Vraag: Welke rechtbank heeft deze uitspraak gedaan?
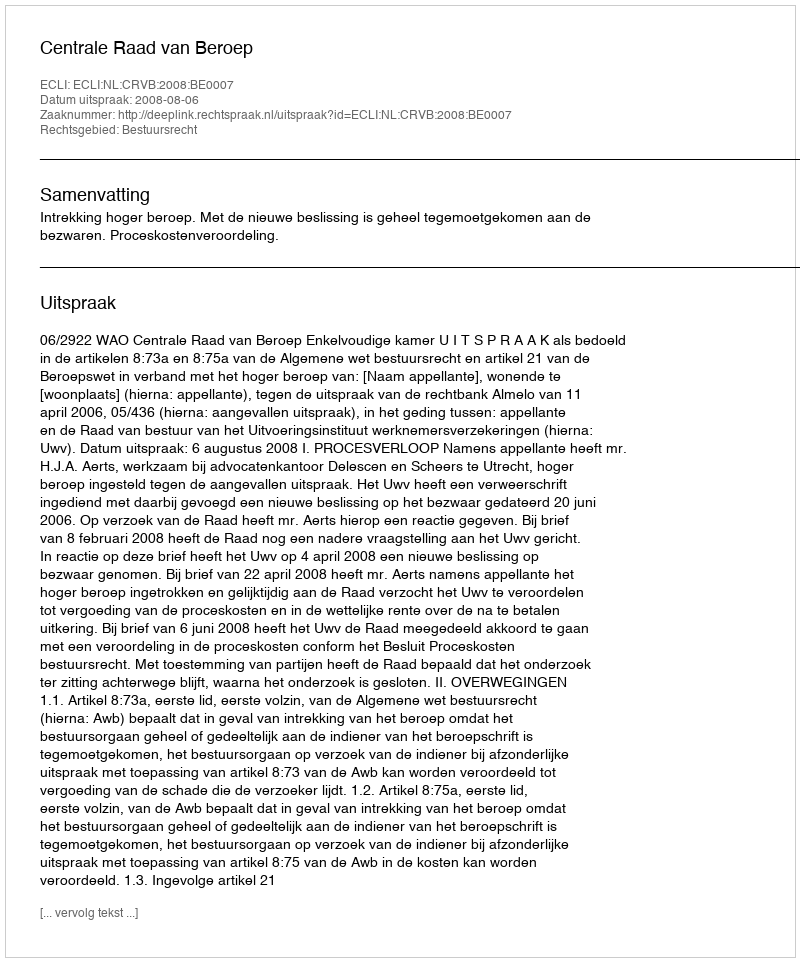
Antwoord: Centrale Raad van Beroep